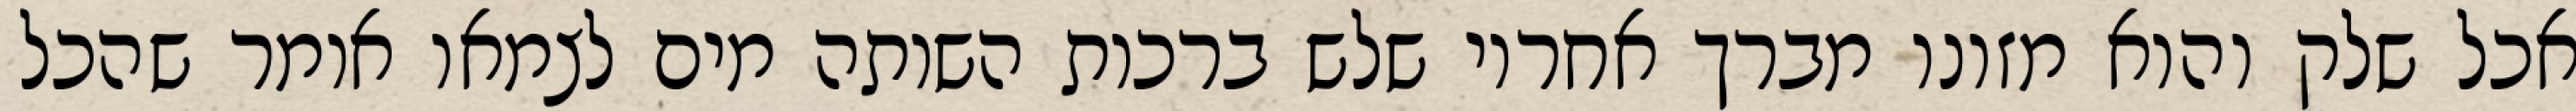
אכל שלק והוא מזונו מברך אחריו שלש ברכות השותה מים לצמאו אומר שהכל